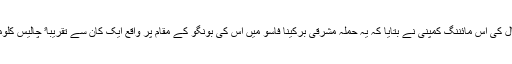
کینیڈا میں مانٹریال کی اس مائننگ کمپنی نے بتایا کہ یہ حملہ مشرقی بُرکینا فاسو میں اس کی بُونگُو کے مقام پر واقع ایک کان سے تقریباﹰ چالیس کلومیٹر دور پیش آیا۔